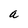
Character: a